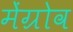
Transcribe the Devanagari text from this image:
मेंग्रोव